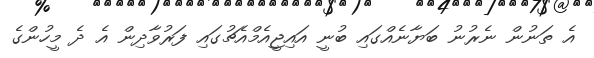
އެ ތަނުން ނެރުނު ބަޔާނެއްގައި ބުނީ އައިޖީއެމްއެޗުގައި ފަރުވާދިން އެ ދެ މީހުންގެ